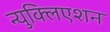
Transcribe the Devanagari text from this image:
न्युक्लिएशन